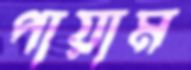
পায়াম